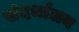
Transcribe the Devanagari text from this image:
संदर्भालय